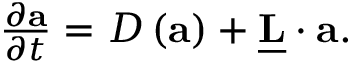
\begin{array} { r } { \frac { \partial \mathbf { a } } { \partial t } = D \left( \mathbf { a } \right) + \underline { { \mathbf { L } } } \cdot \mathbf { a } . } \end{array}